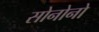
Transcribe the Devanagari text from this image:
सोनोनो